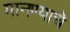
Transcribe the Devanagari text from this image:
मानण्याचे